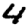
Digit: 4